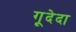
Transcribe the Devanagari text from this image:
गूदेदा